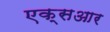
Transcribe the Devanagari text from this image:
एक्सआर